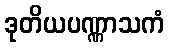
ဒုတိယပဏ္ဏာသကံ